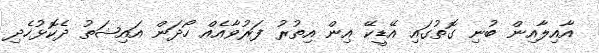
އާއިލާއިން ބުނި ގޮތުގައި އޭޑީކޭ އިން އިތުރު ފަރުވާއެއް ހޯދަން އައިޝަތު ދެކޮޅުހެދި